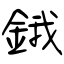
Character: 鋨